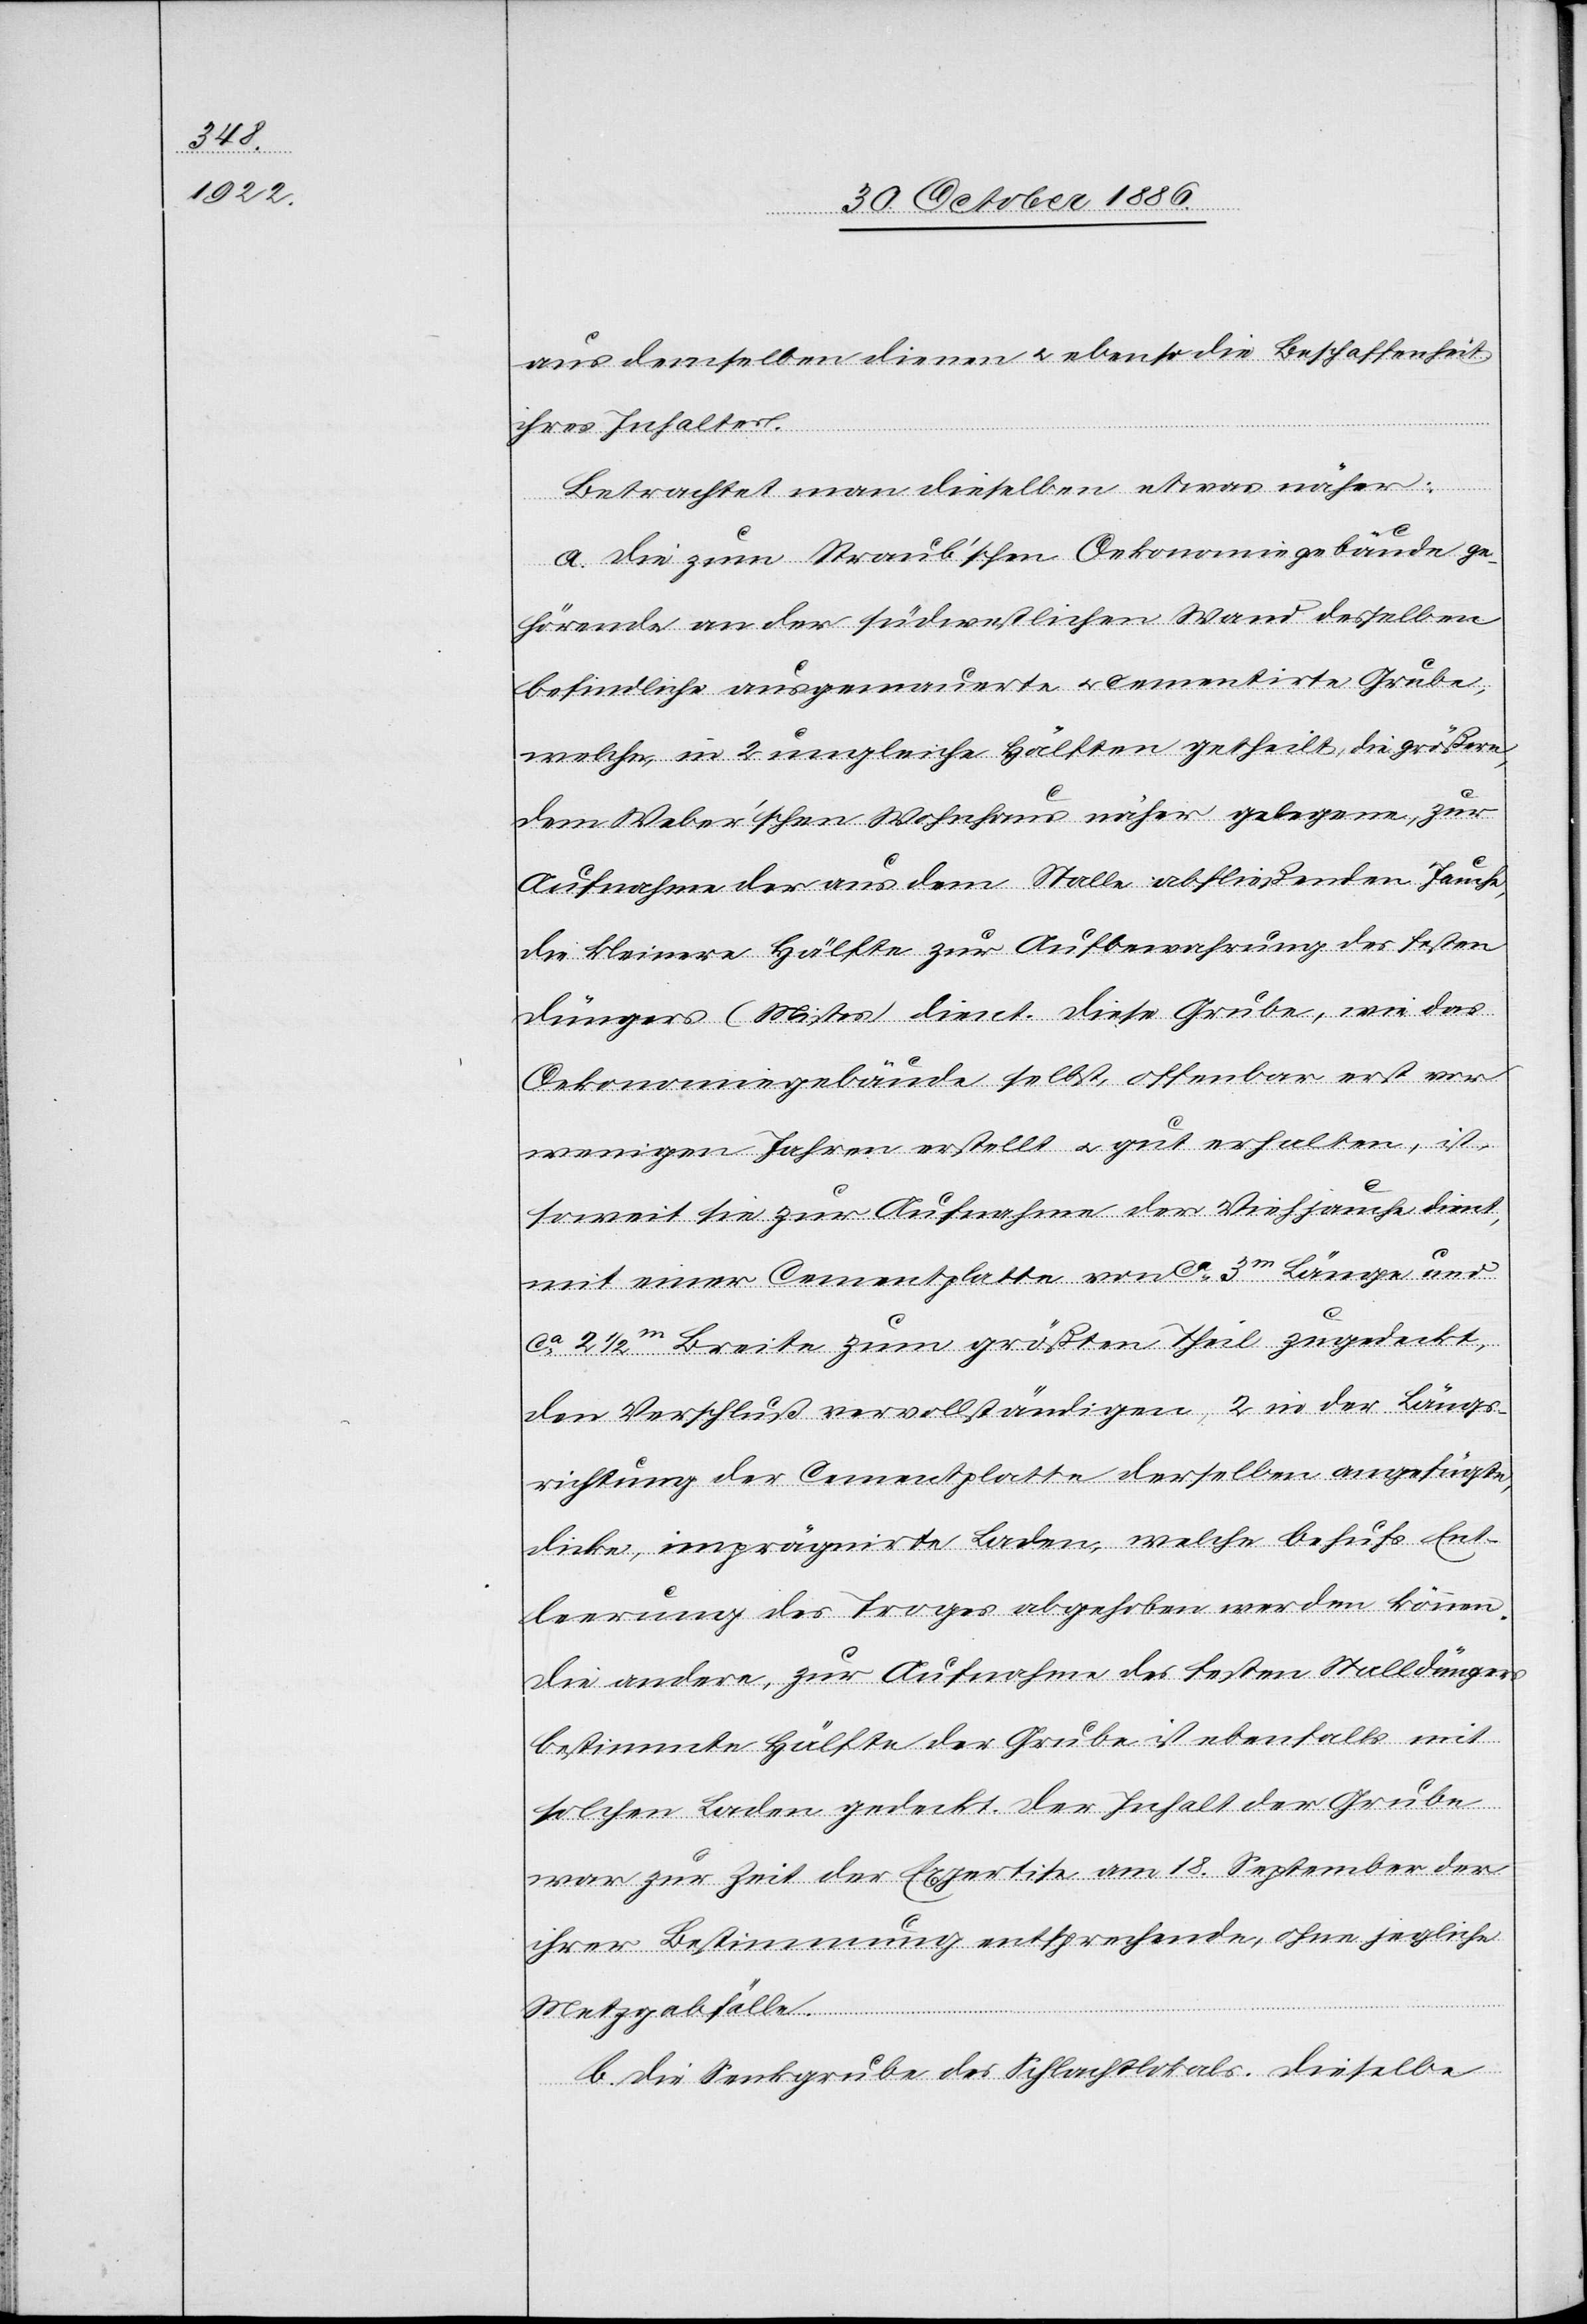
aus denselben dienen & ebenso die Beschaffenheit
ihres Inhaltes.
Betrachtet man dieselben etwas näher:
a. Die zum Straub’schen Oekonomiegebäude ge¬
hörende an der südwestlichen Wand desselben
befindliche ausgemauerte & cementirte Grube,
welche, in 2 ungleiche Hälften getheilt, die größere,
dem Weber’schen Wohnhaus näher gelegene, zur
Aufnahme der aus dem Stalle abfließenden Jauche,
die kleinere Hälfte zur Aufbewahrung des festen
Düngers (Mistes) dient. Diese Grube, wie das
Oekonomiegebäude selbst, offenbar erst vor
wenigen Jahren erstellt & gut erhalten, in¬
soweit sie zur Aufnahme der Viehjauche dient,
mit einer Cementplatte von ca 3m Länge und
ca 2 1/2m Breite zum größten Theil zugedeckt,
den Verschluß vervollständigen 2 in der Längs¬
richtung der Cementplatte derselben angefügte,
dicke, imprägnirte Laden, welche behufs Ent¬
leerung des Troges abgehoben werden können.
Die andere, zur Aufnahme des festen Stalldüngers
bestimmte Hälfte der Grube ist ebenfalls mit
solchen Laden gedeckt. Der Inhalt der Grube
war zur Zeit der Expertise am 18. September der
ihrer Bestimmung entsprechende, ohne jegliche
Metzgabfälle.
b. Die Senkgrube des Schlachtlokals. Dieselbe